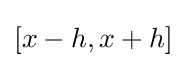
[x-h,x+h]